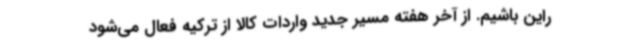
راین باشیم. از آخر هفته مسیر جدید واردات کالا از ترکیه فعال می‌شود